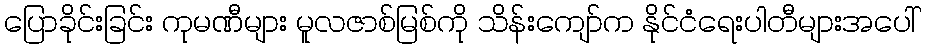
ပြောခိုင်းခြင်း ကုမဏီများ မူလဇာစ်မြစ်ကို သိန်းကျော်က နိုင်ငံရေးပါတီများအပေါ်